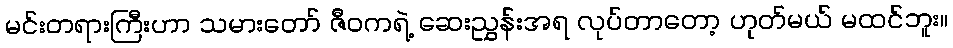
မင်းတရားကြီးဟာ သမားတော် ဇီဝကရဲ့ ဆေးညွှန်းအရ လုပ်တာတော့ ဟုတ်မယ် မထင်ဘူး။